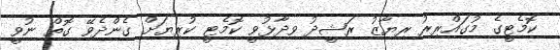
ކޮމެޓީގެ މުގައްރިރު ރިޔާޒު ރަޝީދު ވިދާޅުވީ ކޮމެޓީ ކުރިޔަށް ގެންދެވޭ ގޮތް ނުވީ